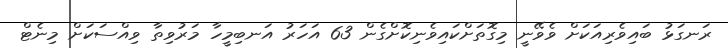
ރަނގަޅު ބައިވެރިއަކަށް ވެވޭނީ މިގޮތަށްކައިވެނިކޮށްގެން 63 އަހަރު އަނބިމީހާ މަރުވިތާ ވިއްސަކަށް މިނެޓް